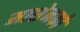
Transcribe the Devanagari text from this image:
माशेनको